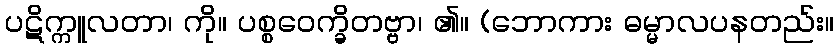
ပဋိက္ကူလတာ၊ ကို။ ပစ္စဝေက္ခိတဗ္ဗာ၊ ၏။ (ဘောကား ဓမ္မာလပနတည်း။